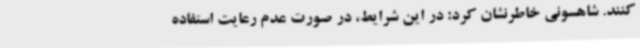
کنند. شاهسونی خاطرنشان کرد: در این شرایط، در صورت عدم رعایت استفاده